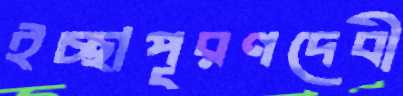
ইচ্ছাপূরণদেবী